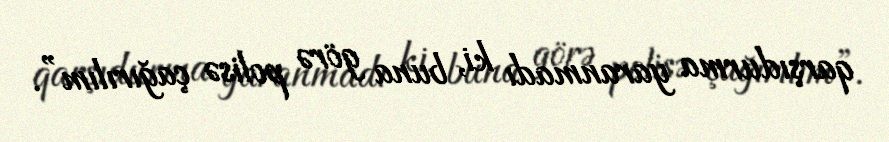
qarşıdurma yaranmadı ki, buna görə polisə çağırılım”.